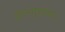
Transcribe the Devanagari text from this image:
शैलगुहाकार